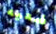
ضعيه